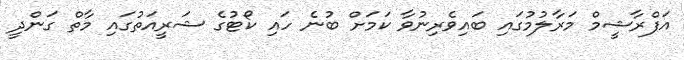
އަފްރާޝީމް މަރާލުމުގައި ބައިވެރިނުވާ ކަމަށް ބުނެ ހައި ކޯޓުގެ ޝަރީއަތުގައި މާތް ގަންދީ